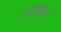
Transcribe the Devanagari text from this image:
फॉलेनो